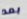
بعد